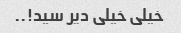
خیلی خیلی دیر سید!..